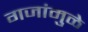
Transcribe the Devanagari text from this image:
गजांमुळे